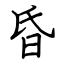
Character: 昏